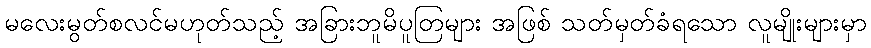
မလေးမွတ်စလင်မဟုတ်သည့် အခြားဘူမိပူတြများ အဖြစ် သတ်မှတ်ခံရသော လူမျိုးများမှာ